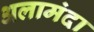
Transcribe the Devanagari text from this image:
अलामंदा